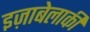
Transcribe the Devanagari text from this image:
इज़ाबेलाकी